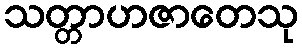
သတ္တာဟဇာတေသု